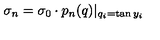
\sigma _ { n } = \sigma _ { 0 } \cdot p _ { n } ( q ) | _ { q _ { i } = \tan y _ { i } }